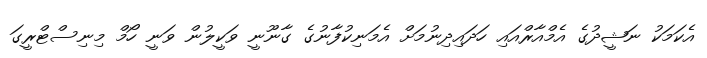
އެކަމަކު ނަޝީދުގެ އެމްއާރްއައި ހަދައިދިނުމަށް އެމަނިކުފާނުގެ ގާނޫނީ ވަކީލުން ވަނީ ހޯމް މިނިސްޓްރީގަ